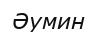
Әумин